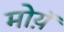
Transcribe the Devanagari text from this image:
मोय़ॅ